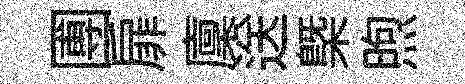
圑扉廩送㮣煦